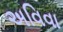
અવિવા